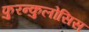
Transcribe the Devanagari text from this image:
फुरन्कुलोसिस